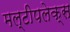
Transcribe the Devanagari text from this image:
मल्टीपलेक्स